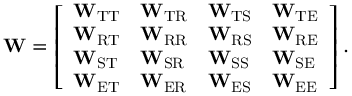
\mathbf { W } = \left[ \begin{array} { l l l l } { \mathbf { W } _ { \mathrm { T T } } } & { \mathbf { W } _ { \mathrm { T R } } } & { \mathbf { W } _ { \mathrm { T S } } } & { \mathbf { W } _ { \mathrm { T E } } } \\ { \mathbf { W } _ { \mathrm { R T } } } & { \mathbf { W } _ { \mathrm { R R } } } & { \mathbf { W } _ { \mathrm { R S } } } & { \mathbf { W } _ { \mathrm { R E } } } \\ { \mathbf { W } _ { \mathrm { S T } } } & { \mathbf { W } _ { \mathrm { S R } } } & { \mathbf { W } _ { \mathrm { S S } } } & { \mathbf { W } _ { \mathrm { S E } } } \\ { \mathbf { W } _ { \mathrm { E T } } } & { \mathbf { W } _ { \mathrm { E R } } } & { \mathbf { W } _ { \mathrm { E S } } } & { \mathbf { W } _ { \mathrm { E E } } } \end{array} \right] .